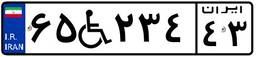
۶۵W۲۳۴۴۳